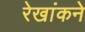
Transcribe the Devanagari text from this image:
रेखांकने